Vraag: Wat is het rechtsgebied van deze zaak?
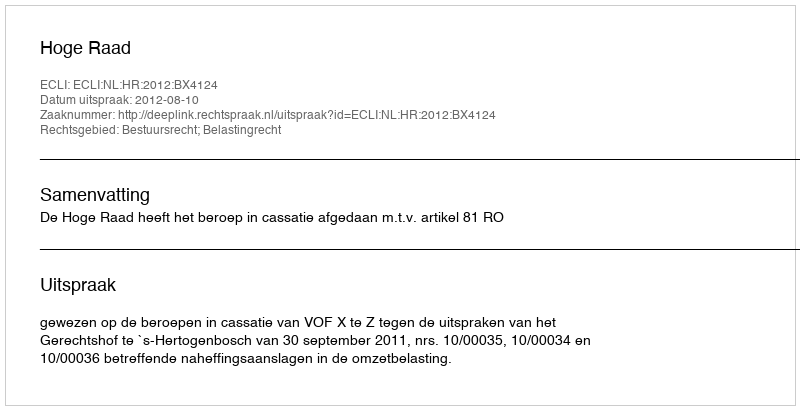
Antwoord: Bestuursrecht; Belastingrecht